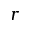
r